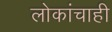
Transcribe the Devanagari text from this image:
लोकांचाही